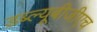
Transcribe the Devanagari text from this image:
डब्ल्यूबीजीएच